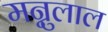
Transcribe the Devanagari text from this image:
मन्नुलाल